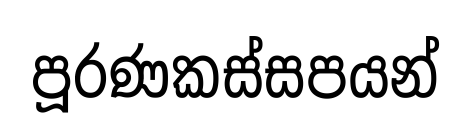
පූරණකස්සපයන්